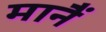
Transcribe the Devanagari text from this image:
मानैं